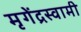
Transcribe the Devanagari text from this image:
मृगेंद्रस्वामी